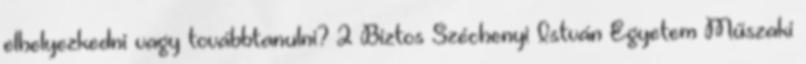
elhelyezkedni vagy továbbtanulni? 2 Biztos Széchenyi István Egyetem Műszaki